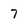
Character: 7